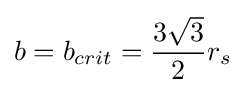
b=b_{crit}={\frac {3{\sqrt {3}}}{2}}r_{s}